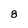
Character: 8